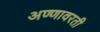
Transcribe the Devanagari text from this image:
अण्णावरती